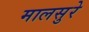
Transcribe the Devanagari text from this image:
मालसुरे